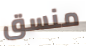
منسق